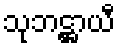
သုဘဋ္ဌာယီ